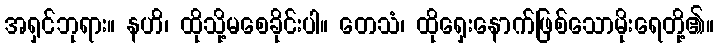
အရှင်ဘုရား။ နဟိ၊ ထိုသို့မစေခိုင်းပါ။ တေသံ၊ ထိုရှေးနောက်ဖြစ်သောမိုးရေတို့၏။